Report of the Bombay Plague Committee
Disease focus: Plague
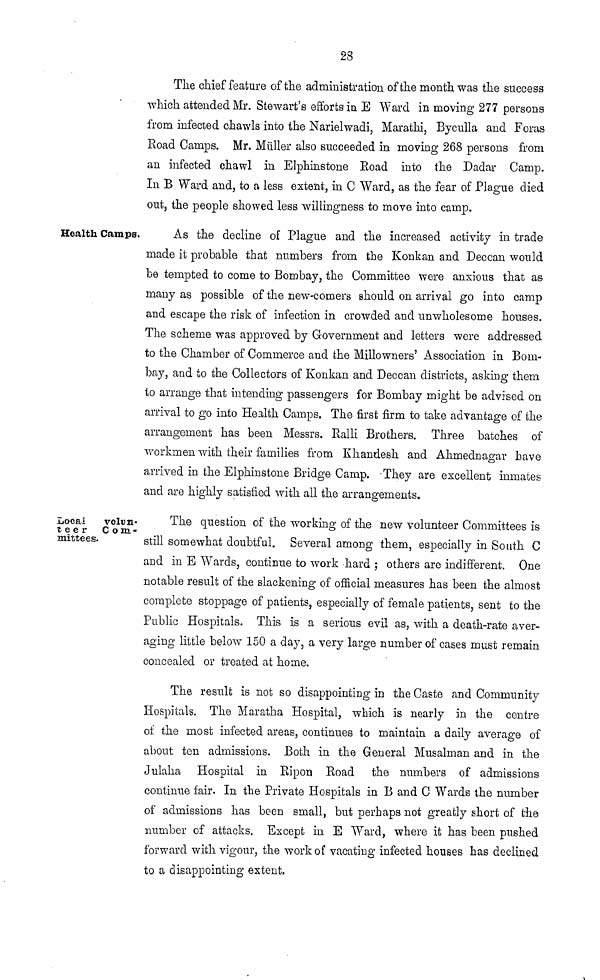
28
The chief feature of the administration of the month was the success
which attended Mr. Stewart's efforts in E Ward in moving 277 persons
from infected chawls into the Narielwadi, Marathi, Byculla and Foras
Road Camps. Mr. Müller also succeeded in moving 268 persons from
an infected chawl in Elphinstone Road into the Dadar Camp.
In B Ward and, to a less extent, in C Ward, as the fear of Plague died
out, the people showed less willingness to move into camp.
Health Camps.
As the decline of Plague and the increased activity in trade
made it probable that numbers from the Konkan and Deccan would
be tempted to come to Bombay, the Committee were anxious that as
many as possible of the new-comers should on arrival go into camp
and escape the risk of infection in crowded and unwholesome houses.
The scheme was approved by Government and letters were addressed
to the Chamber of Commerce and the Millowners' Association in Bom-
bay, and to the Collectors of Konkan and Deccan districts, asking them
to arrange that intending passengers for Bombay might be advised on
arrival to go into Health Camps. The first firm to take advantage of the
arrangement has been Messrs. Ralli Brothers. Three batches of
workmen with their families from Khandesh and Ahmednagar have
arrived in the Elphinstone Bridge Camp. They are excellent inmates
and are highly satisfied with all the arrangements.
Local
volun-
teer Com-
trustees.
The question of the working of the new volunteer Committees is
still somewhat doubtful. Several among them, especially in South C
and in E Wards, continue to work hard ; others are indifferent. One
notable result of the slackening of official measures has been the almost
complete stoppage of patients, especially of female patients, sent to the
Public Hospitals. This is a serious evil as, with a death-rate aver-
aging little below 150 a day, a very large number of cases must remain
concealed or treated at home.
The result is not so disappointing in the Caste and Community
Hospitals. The Maratha Hospital, which is nearly in the centre
of the most infected areas, continues to maintain a daily average of
about ten admissions. Both in the General Musalman and in the
Julaha Hospital in Ripon Road the numbers of admissions
continue fair. In the Private Hospitals in B and C Wards the number
of admissions has been small, but perhaps not greatly short of the
number of attacks. Except in E Ward, where it has been pushed
forward with vigour, the work of vacating infected houses has declined
to a disappointing extent,